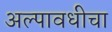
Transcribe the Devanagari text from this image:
अल्पावधीचा